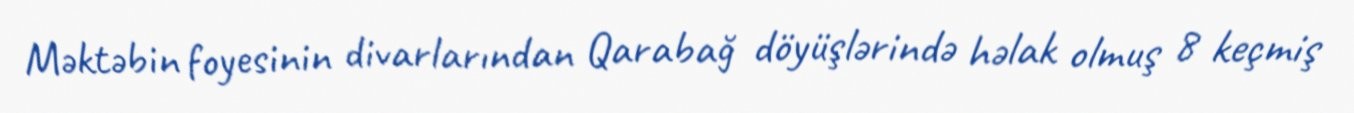
Məktəbin foyesinin divarlarından Qarabağ döyüşlərində həlak olmuş 8 keçmiş